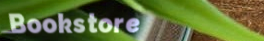
Bookstore